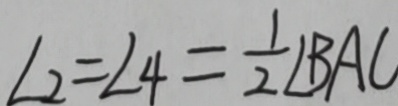
\angle 2 = \angle 4 = \frac { 1 } { 2 } \angle B A C